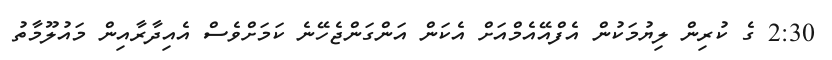
2:30 ގެ ކުރިން ލިޔުމަކުން އެފްއޭއެމްއަށް އެކަން އަންގަންޖެހޭނެ ކަމަށްވެސް އެއިދާރާއިން މައުލޫމާތު